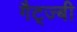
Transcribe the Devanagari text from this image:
गैट्ज्बी